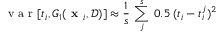
\mathrm { ~ v ~ a ~ r ~ } [ t _ { i } , G _ { 1 } ( \textbf { x } _ { i } , \mathcal { D } ) ] \approx \frac { 1 } { s } \: \sum _ { j } ^ { s } \: 0 . 5 \: ( t _ { i } - t _ { i } ^ { j } ) ^ { 2 }